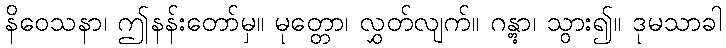
နိဝေသနာ၊ ဤနန်းတော်မှ။ မုတ္တော၊ လွှတ်လျက်။ ဂန္တွာ၊ သွား၍။ ဒုမသာခါ